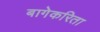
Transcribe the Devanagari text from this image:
बागेकरिता